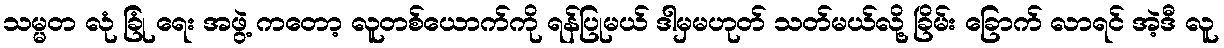
သမ္မတ လုံ ခြုံ ရေး အဖွဲ့ ကတော့ လူတစ်ယောက်ကို ရန်ပြုမယ် ဒါမှမဟုတ် သတ်မယ်လို့ ခြိမ်း ခြောက် လာရင် အဲ့ဒီ လူ